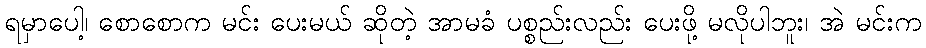
ရမှာပေါ့၊ စောစောက မင်း ပေးမယ် ဆိုတဲ့ အာမခံ ပစ္စည်းလည်း ပေးဖို့ မလိုပါဘူး၊ အဲ မင်းက